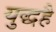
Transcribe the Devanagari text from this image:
युद्धहै